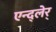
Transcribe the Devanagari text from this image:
एन्द्लेर्